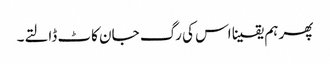
پھر ہم یقینا اس کی رگ جان کاٹ ڈالتے۔